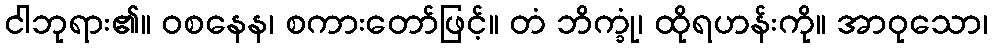
ငါဘုရား၏။ ဝစနေန၊ စကားတော်ဖြင့်။ တံ ဘိက္ခုံ၊ ထိုရဟန်းကို။ အာဝုသော၊